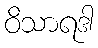
ဝိသာရဒါ